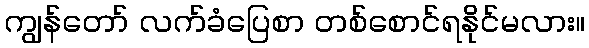
ကျွန်တော် လက်ခံပြေစာ တစ်စောင်ရနိုင်မလား။